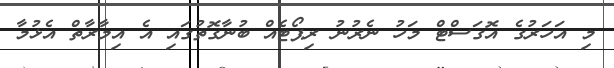
މި އަހަރުގެ އޮގަސްޓް މަހު ނެރުނު ރިޕޯޓެއް ބުނާގޮތުގައި އެ އިމާރާތް އެޅުމާ